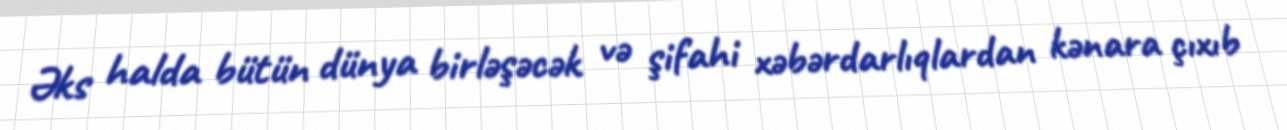
Əks halda bütün dünya birləşəcək və şifahi xəbərdarlıqlardan kənara çıxıb